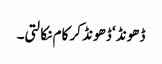
ڈھونڈ ‘ ڈھونڈ کر کام نکالتی۔